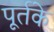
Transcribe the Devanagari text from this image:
पूर्तके